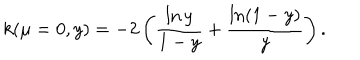
k ( \mu = 0 , y ) = - 2 \left( \frac { \ln y } { 1 - y } + \frac { \ln ( 1 - y ) } { y } \right) .